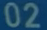
02